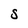
Character: S